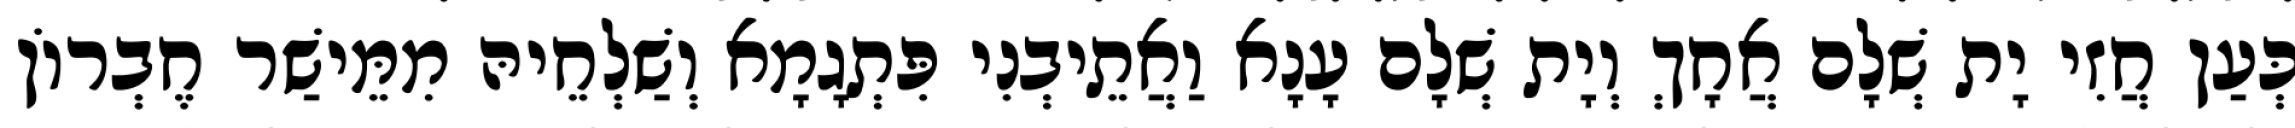
כְּעַן חֲזִי יָת שְׁלָם אֲחָךְ וְיָת שְׁלָם עָנָא וַאֲתֵיבְנִי פִּתְגָמָא וְשַׁלְחֵיהּ מִמֵּישַׁר חֶבְרוֹן